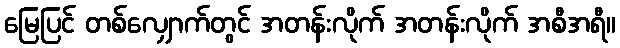
မြေပြင် တစ်လျှောက်တွင် အတန်းလိုက် အတန်းလိုက် အစီအရီ။